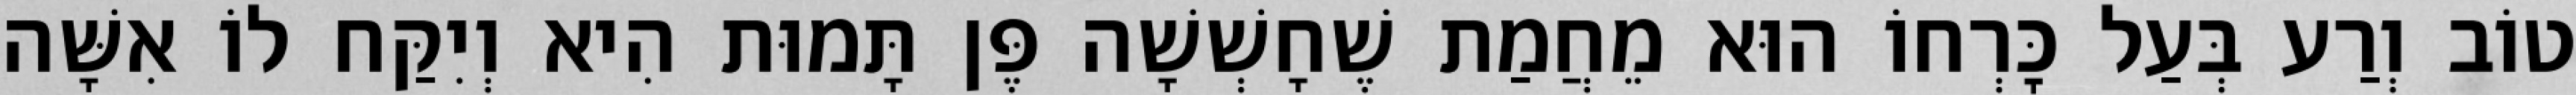
טוֹב וְרַע בְּעַל כׇּרְחוֹ הוּא מֵחֲמַת שֶׁחָשְׁשָׁה פֶּן תָּמוּת הִיא וְיִקַּח לוֹ אִשָּׁה